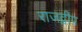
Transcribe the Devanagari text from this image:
राजद्वीप